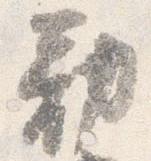
勧